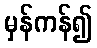
မှန်ကန်၍